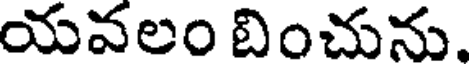
యవలం బించును.